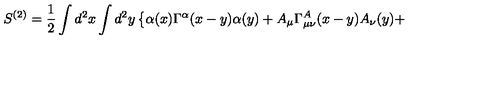
S ^ { ( 2 ) } = \frac { 1 } { 2 } \int d ^ { 2 } x \int d ^ { 2 } y \left\{ \alpha ( x ) \Gamma ^ { \alpha } ( x - y ) \alpha ( y ) + A _ { \mu } \Gamma _ { \mu \nu } ^ { A } ( x - y ) A _ { \nu } ( y ) + \right.